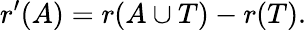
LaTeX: r^{\prime}(A)=r(A\cup T)-r(T).